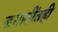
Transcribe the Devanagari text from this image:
जमातींतही